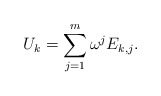
\begin{align*}U_k=\sum_{j=1}^m\omega^jE_{k,j}.\end{align*}